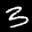
Label: 3